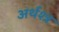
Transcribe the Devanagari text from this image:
अर्थश्त्र